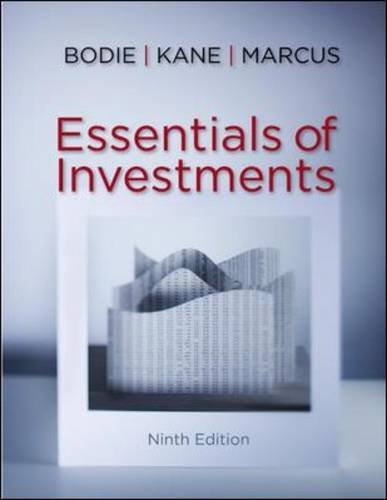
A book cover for Essentials of Investments, 9th Edition; Zvi Bodie; Business & Money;